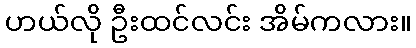
ဟယ်လို ဦးထင်လင်း အိမ်ကလား။